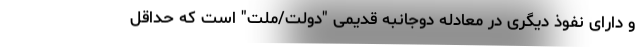
و دارای نفوذ دیگری در معادله دوجانبه قدیمی "دولت/ملت" است که حداقل